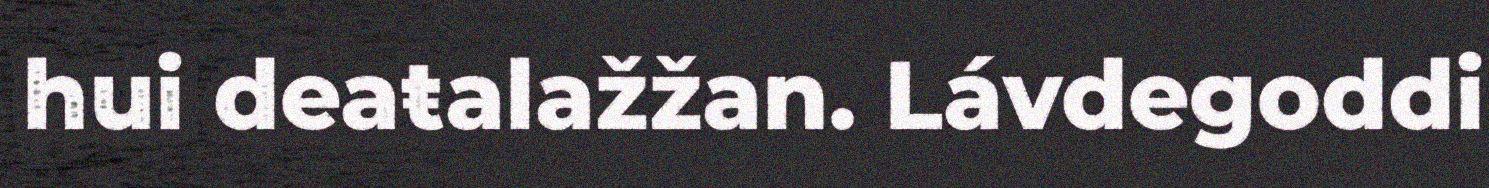
hui deaŧalažžan. Lávdegoddi